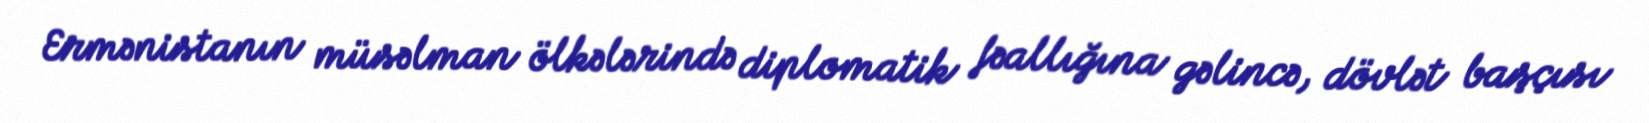
Ermənistanın müsəlman ölkələrində diplomatik fəallığına gəlincə, dövlət başçısı